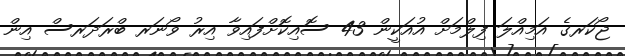
ޖޯކަރގެ އަމިއްލަ ފިލްމަށް އުއަކީން 43 ސޮއިކޮށްފައިވާ އިރު ވޯނަރ ބްރަދަރސް އިން